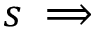
s \implies